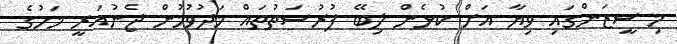
މި ސީޒަންގައި ވިޔާ އަށް ކުޅެން ލިބޭ ފުރުސަތުތައް މަދުވުމުން ޖެނުއަރީ މަހުގެ